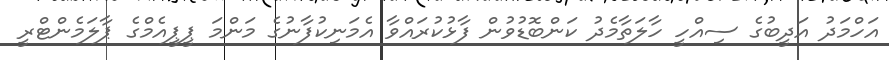
އަހްމަދު އަދީބުގެ ސިއްހީ ހާލަތާމެދު ކަންބޮޑުވުން ފާޅުކުރައްވާ އެމަނިކުފާނުގެ މަންމަ ޕީޕީއެމްގެ ޕާލަމެންޓްރީ